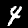
Digit: 4